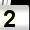
Digit: 2